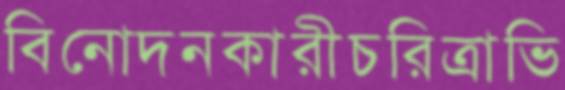
বিনোদনকারীচরিত্রাভি